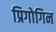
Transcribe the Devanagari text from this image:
प्रिगोगिन